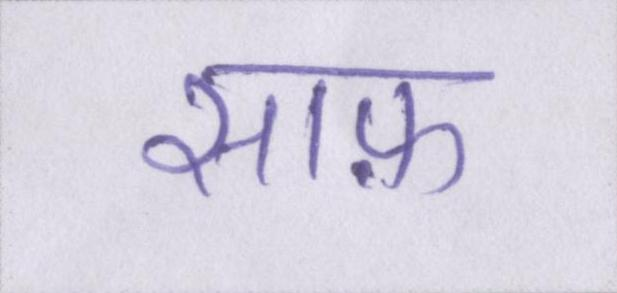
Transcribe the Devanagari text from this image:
साफ़